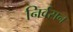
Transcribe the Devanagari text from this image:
निर्वसन